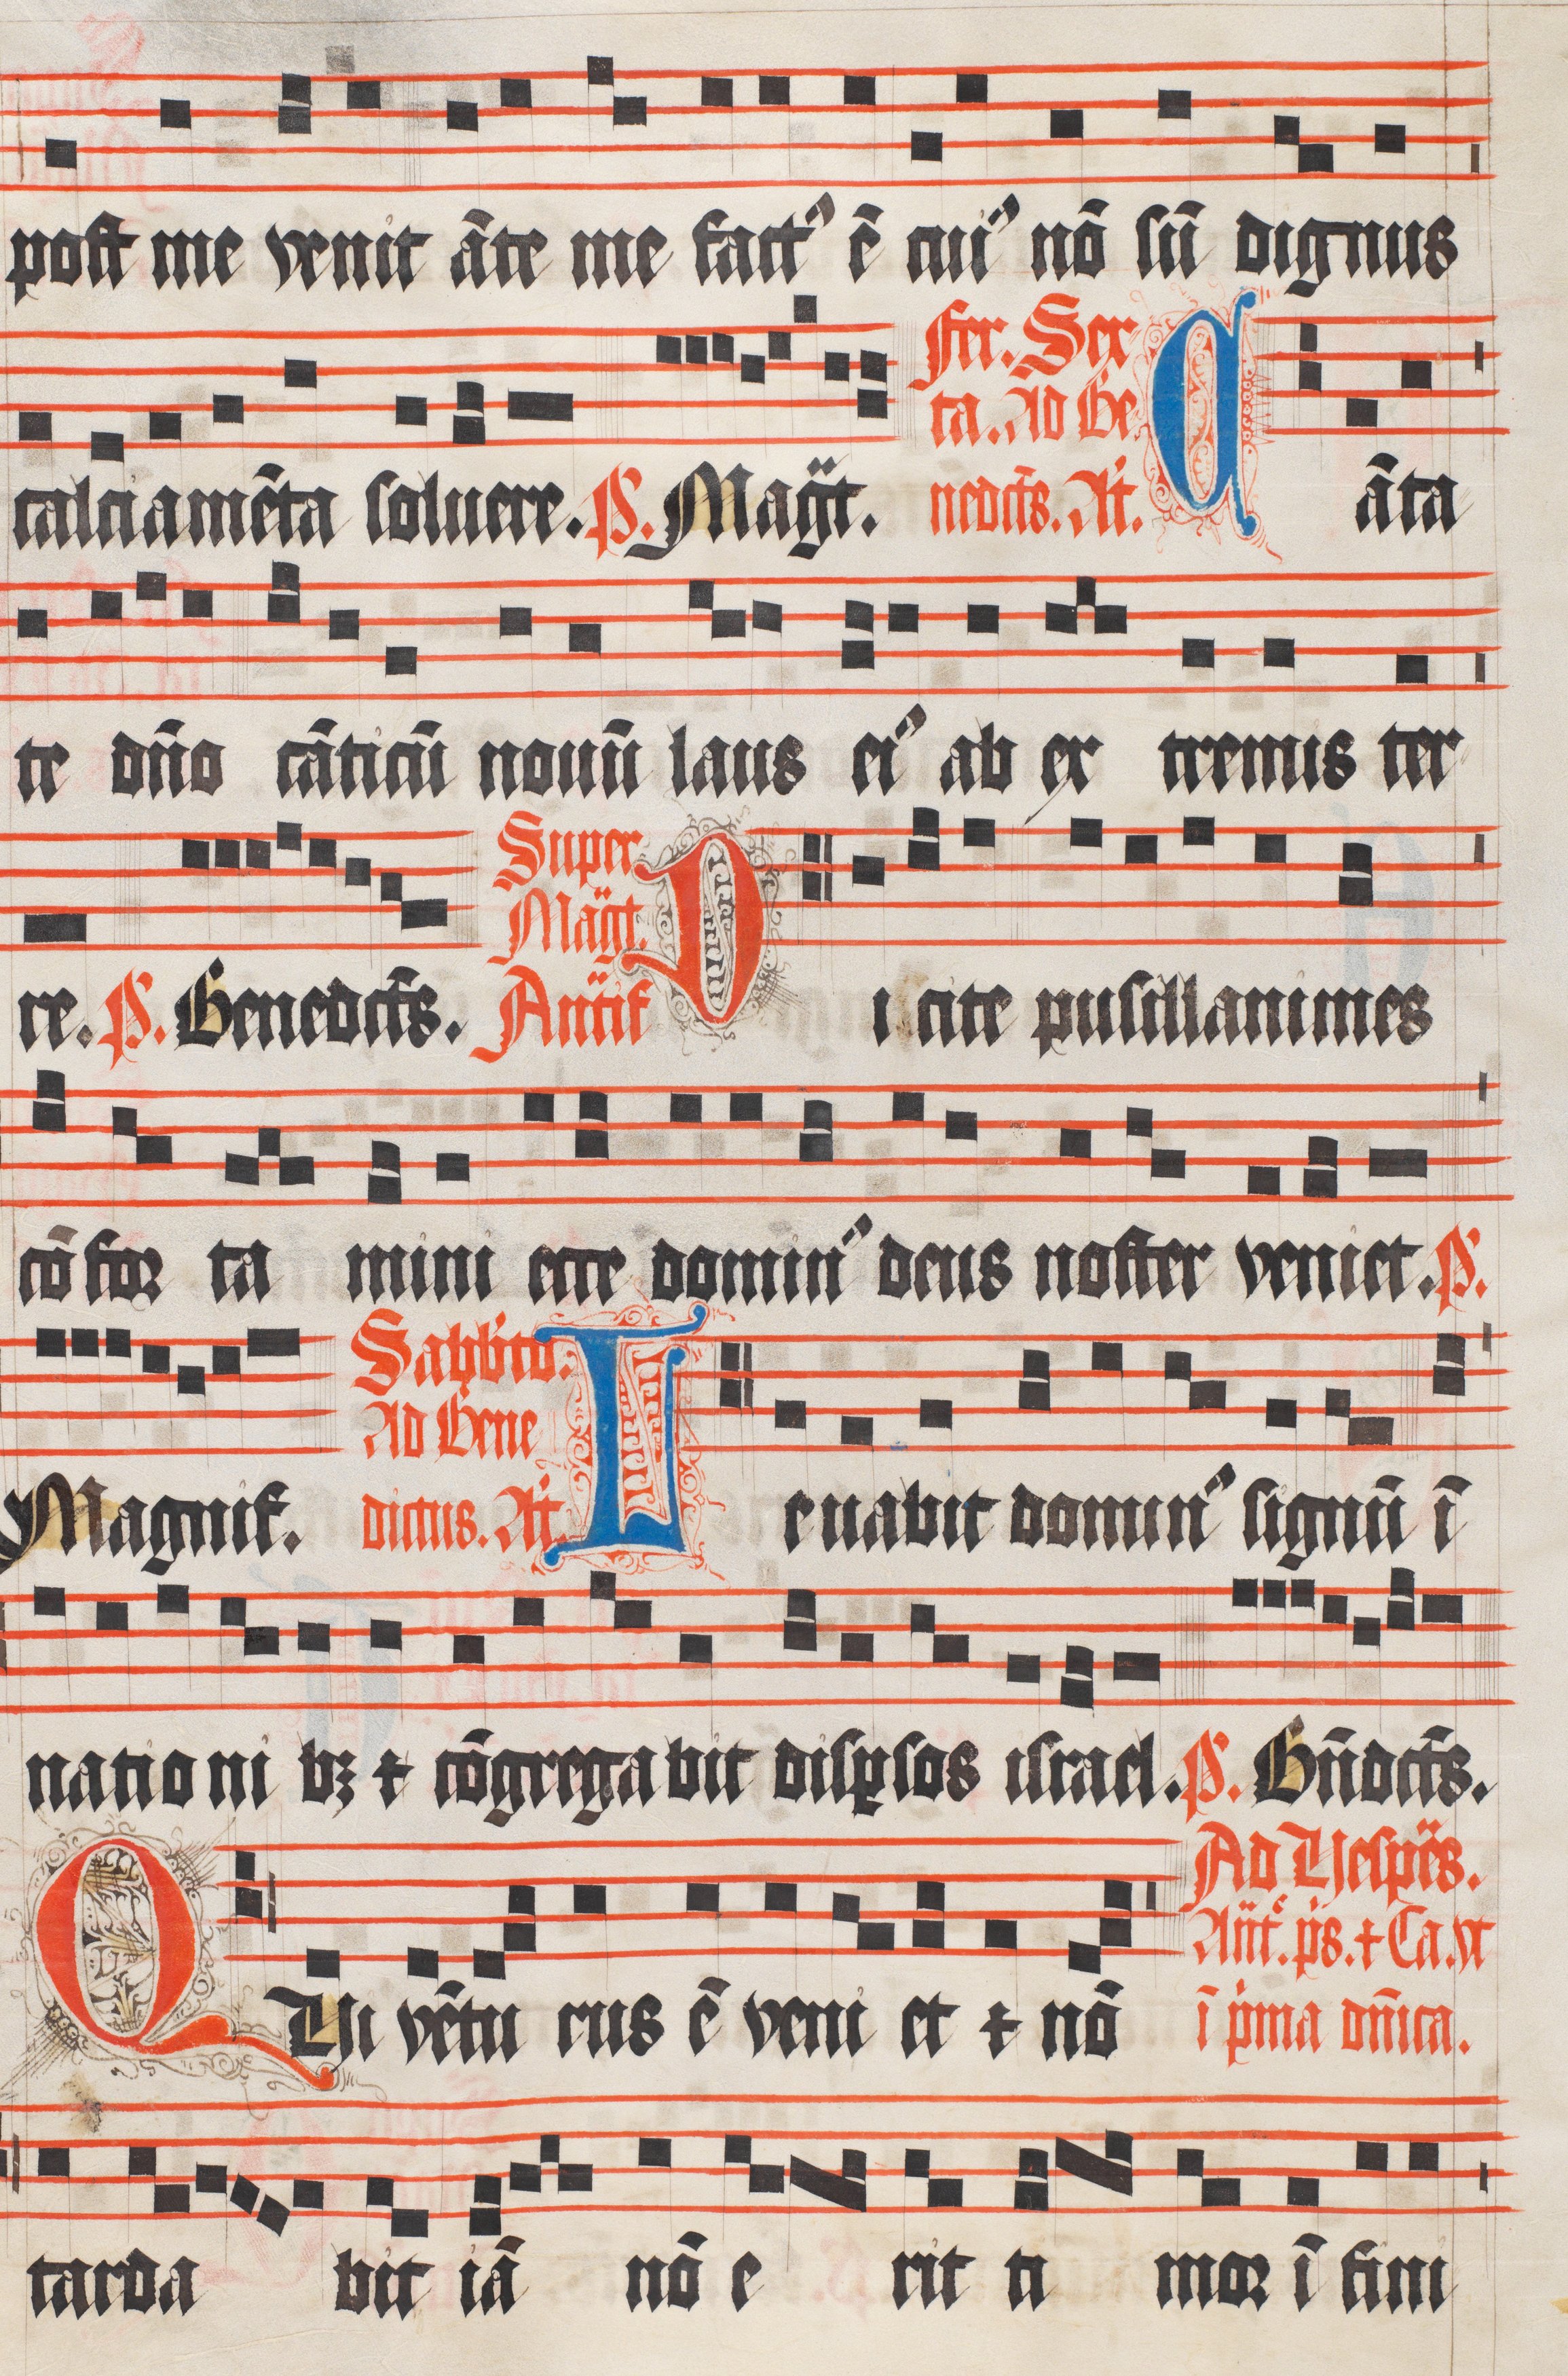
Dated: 1511–1517